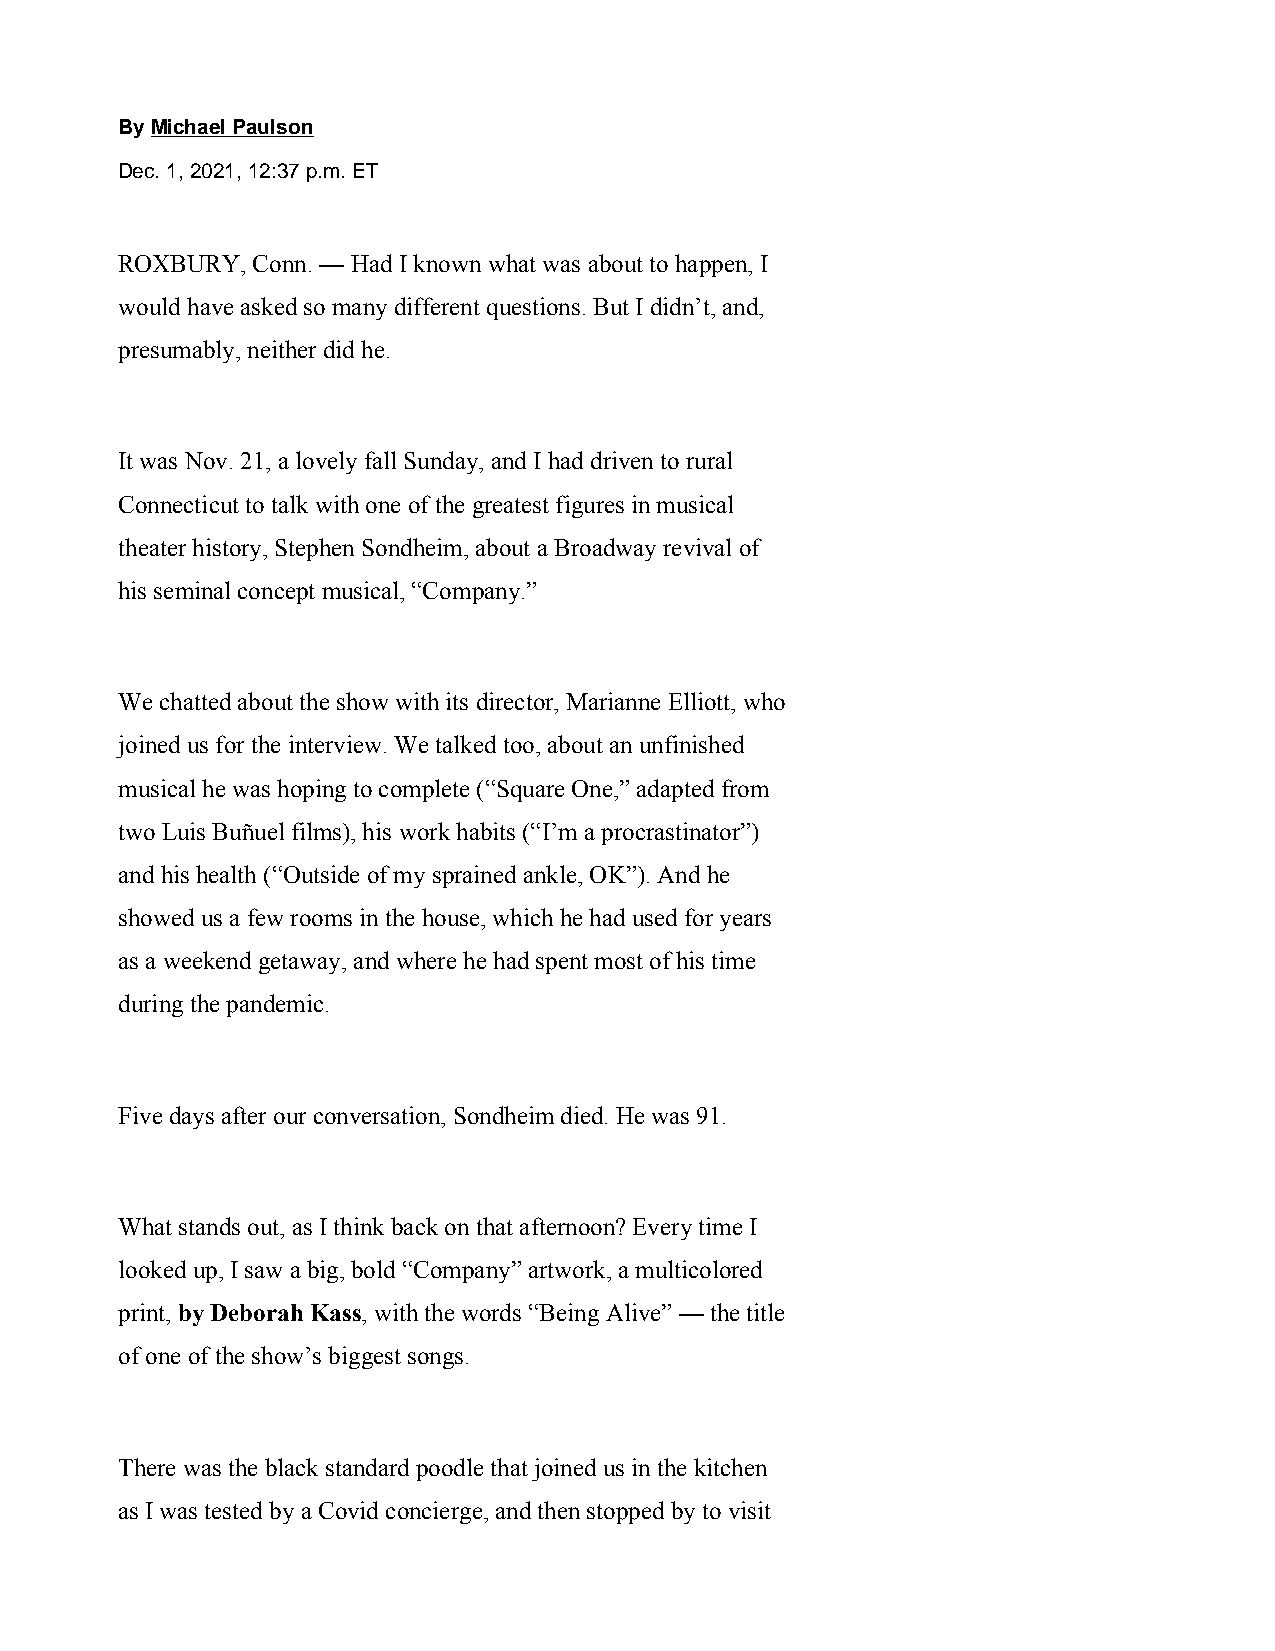
By Michael Paulson
 Dec. 1, 2021, 12:37 p.m. ET
 ROXBURY, Conn. — Had I known what was about to happen, I
 would have asked so many different questions. But I didn’t, and,
 presumably, neither did he.
 It was Nov. 21, a lovely fall Sunday, and I had driven to rural
 Connecticut to talk with one of the greatest figures in musical
 theater history, Stephen Sondheim, about a Broadway revival of
 his seminal concept musical, “Company.”
 We chatted about the show with its director, Marianne Elliott, who
 joined us for the interview. We talked too, about an unfinished
 musical he was hoping to complete (“Square One,” adapted from
 two Luis Buñuel films), his work habits (“I’m a procrastinator”)
 and his health (“Outside of my sprained ankle, OK”). And he
 showed us a few rooms in the house, which he had used for years
 as a weekend getaway, and where he had spent most of his time
 during the pandemic.
 Five days after our conversation, Sondheim died. He was 91.
 What stands out, as I think back on that afternoon? Every time I
 looked up, I saw a big, bold “Company” artwork, a multicolored
 print, by Deborah Kass, with the words “Being Alive” — the title
 of one of the show’s biggest songs.
 There was the black standard poodle that joined us in the kitchen
 as I was tested by a Covid concierge, and then stopped by to visit